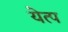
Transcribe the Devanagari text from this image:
येत्प